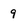
Character: 9